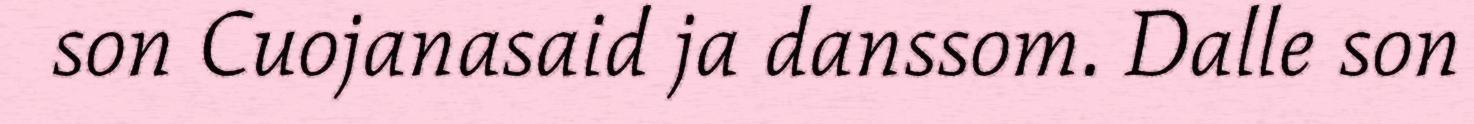
son Cuojanasaid ja danssom. Dalle son